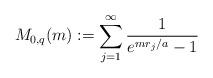
LaTeX: \begin{align*}M_{0,q}(m):=\sum_{j=1}^{\infty} \frac{1}{e^{mr_j/a}-1} \end{align*}